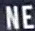
NE